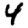
Digit: 4